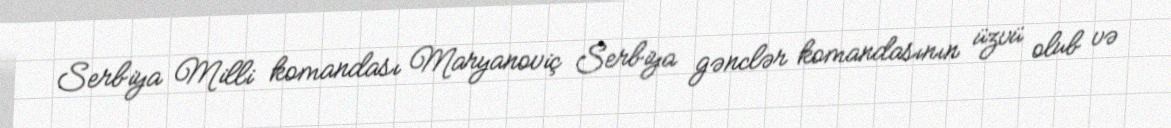
Serbiya Milli komandası Maryanoviç Serbiya gənclər komandasının üzvü olub və